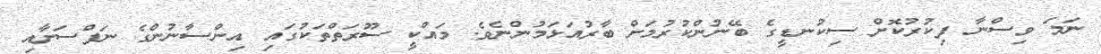
ނަމަ ވިސްނާ ފިކުރުކޮށް ސިކުނޑީގެ ބޭނުންކުރުމަށް ބާރުއަޅަމުންނެވެ. މައްކީ ސޫރަތްތަކުގައި އިންސާނުންގެ ނަފްސަށާއި